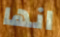
انها